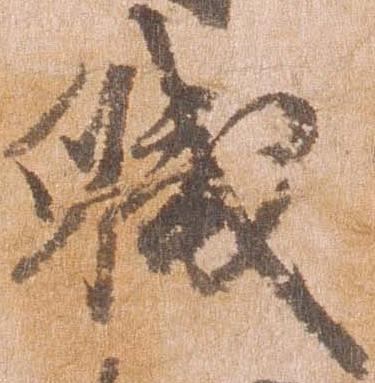
職